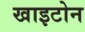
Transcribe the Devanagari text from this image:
खाइटोन